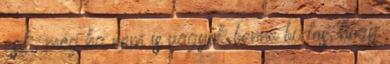
esik, még ha nem is vagyok benne biztos, hogy